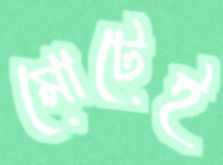
মোটেই